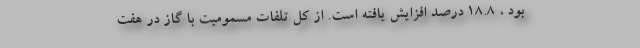
بود ، ۱۸.۸ درصد افزایش یافته است. از کل تلفات مسمومیت با گاز در هفت